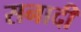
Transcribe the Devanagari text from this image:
सनादी